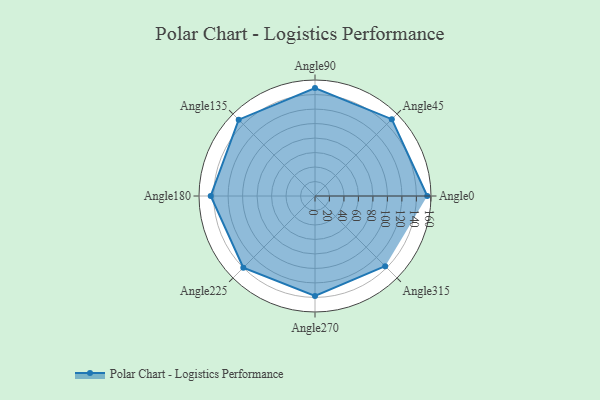
{"axis": {"x": "Angle", "y": "Radius"}, "legend": [""], "data": [{"x": "Angle0", "y": 155.0, "type": ""}, {"x": "Angle45", "y": 150.0, "type": ""}, {"x": "Angle90", "y": 149.0, "type": ""}, {"x": "Angle135", "y": 149.0, "type": ""}, {"x": "Angle180", "y": 144.0, "type": ""}, {"x": "Angle225", "y": 140.0, "type": ""}, {"x": "Angle270", "y": 138.0, "type": ""}, {"x": "Angle315", "y": 137.0, "type": ""}]}